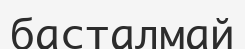
басталмай